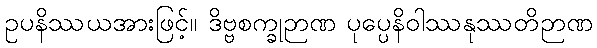
ဥပနိဿယအားဖြင့်။ ဒိဗ္ဗစက္ခုဉာဏ ပုပ္ပေနိဝါဿနုဿတိဉာဏ